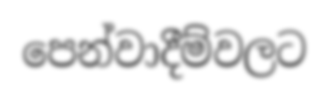
පෙන්වාදීම්වලට